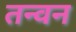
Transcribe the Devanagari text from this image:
तन्वन